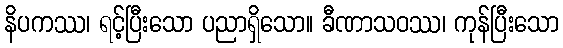
နိပကဿ၊ ရင့်ပြီးသော ပညာရှိသော။ ခီဏာသဝဿ၊ ကုန်ပြီးသော